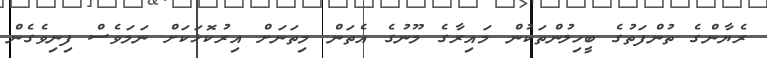
ރެޔާންގެ ތުންފަތުގެ ބީހިލުންތަކުން މައިރާގެ މޫނުގެ އެތަން މިތަނަށް އިރުކޮޅަކަށް ނަމަވެސް ފިނިވެގެން